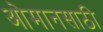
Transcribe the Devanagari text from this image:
ओमानसाठी